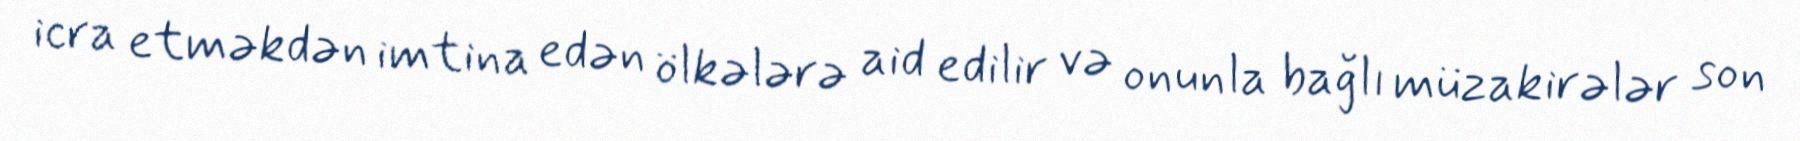
icra etməkdən imtina edən ölkələrə aid edilir və onunla bağlı müzakirələr son